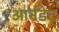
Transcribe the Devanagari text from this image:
आर्नडेट